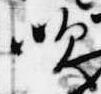
吹